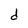
Character: d